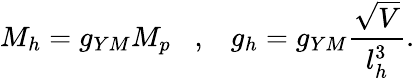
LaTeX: M_{h}=g_{YM}M_{p}\; \; \; ,\; \; \; g_{h}=g_{YM}\frac{\sqrt{V}}{l_{h}^{3}}.